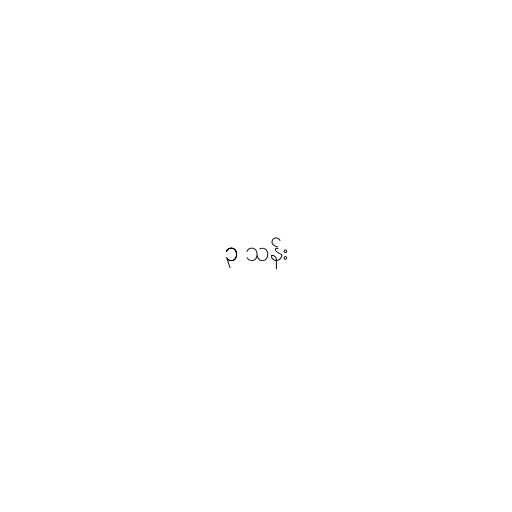
၃ သန်း